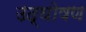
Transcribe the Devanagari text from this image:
उद्घोषण